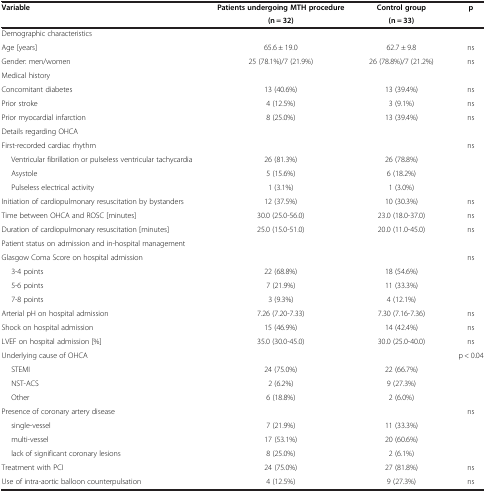
<table><thead><tr><td><b>Variable</b></td><td><b>Patients undergoing MTH procedure</b></td><td><b>Control group</b></td><td><b>p</b></td></tr><tr><td><b> </b></td><td><b>(n = 32)</b></td><td><b>(n = 33)</b></td><td><b> </b></td></tr></thead><tbody><tr><td colspan="4">Demographic characteristics</td></tr><tr><td>Age [years]</td><td>65.6 ± 19.0</td><td>62.7 ± 9.8</td><td>ns</td></tr><tr><td>Gender: men/women</td><td>25 (78.1%)/7 (21.9%)</td><td>26 (78.8%)/7 (21.2%)</td><td>ns</td></tr><tr><td colspan="4">Medical history</td></tr><tr><td>Concomitant diabetes</td><td>13 (40.6%)</td><td>13 (39.4%)</td><td>ns</td></tr><tr><td>Prior stroke</td><td>4 (12.5%)</td><td>3 (9.1%)</td><td>ns</td></tr><tr><td>Prior myocardial infarction</td><td>8 (25.0%)</td><td>13 (39.4%)</td><td>ns</td></tr><tr><td colspan="4">Details regarding OHCA</td></tr><tr><td>First-recorded cardiac rhythm</td><td> </td><td> </td><td rowspan="4">ns</td></tr><tr><td>Ventricular fibrillation or pulseless ventricular tachycardia</td><td>26 (81.3%)</td><td>26 (78.8%)</td></tr><tr><td>Asystole</td><td>5 (15.6%)</td><td>6 (18.2%)</td></tr><tr><td>Pulseless electrical activity</td><td>1 (3.1%)</td><td>1 (3.0%)</td></tr><tr><td>Initiation of cardiopulmonary resuscitation by bystanders</td><td>12 (37.5%)</td><td>10 (30.3%)</td><td>ns</td></tr><tr><td>Time between OHCA and ROSC [minutes]</td><td>30.0 (25.0-56.0)</td><td>23.0 (18.0-37.0)</td><td>ns</td></tr><tr><td>Duration of cardiopulmonary resuscitation [minutes]</td><td>25.0 (15.0-51.0)</td><td>20.0 (11.0-45.0)</td><td>ns</td></tr><tr><td colspan="4">Patient status on admission and in-hospital management</td></tr><tr><td>Glasgow Coma Score on hospital admission</td><td> </td><td> </td><td rowspan="4">ns</td></tr><tr><td>3-4 points</td><td>22 (68.8%)</td><td>18 (54.6%)</td></tr><tr><td>5-6 points</td><td>7 (21.9%)</td><td>11 (33.3%)</td></tr><tr><td>7-8 points</td><td>3 (9.3%)</td><td>4 (12.1%)</td></tr><tr><td>Arterial pH on hospital admission</td><td>7.26 (7.20-7.33)</td><td>7.30 (7.16-7.36)</td><td>ns</td></tr><tr><td>Shock on hospital admission</td><td>15 (46.9%)</td><td>14 (42.4%)</td><td>ns</td></tr><tr><td>LVEF on hospital admission [%]</td><td>35.0 (30.0-45.0)</td><td>30.0 (25.0-40.0)</td><td>ns</td></tr><tr><td>Underlying cause of OHCA</td><td> </td><td> </td><td rowspan="4">p &lt; 0.04</td></tr><tr><td>STEMI</td><td>24 (75.0%)</td><td>22 (66.7%)</td></tr><tr><td>NST-ACS</td><td>2 (6.2%)</td><td>9 (27.3%)</td></tr><tr><td>Other</td><td>6 (18.8%)</td><td>2 (6.0%)</td></tr><tr><td>Presence of coronary artery disease</td><td> </td><td> </td><td rowspan="4">ns</td></tr><tr><td>single-vessel</td><td>7 (21.9%)</td><td>11 (33.3%)</td></tr><tr><td>multi-vessel</td><td>17 (53.1%)</td><td>20 (60.6%)</td></tr><tr><td>lack of significant coronary lesions</td><td>8 (25.0%)</td><td>2 (6.1%)</td></tr><tr><td>Treatment with PCI</td><td>24 (75.0%)</td><td>27 (81.8%)</td><td>ns</td></tr><tr><td>Use of intra-aortic balloon counterpulsation</td><td>4 (12.5%)</td><td>9 (27.3%)</td><td>ns</td></tr></tbody></table>